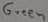
Text: Green